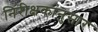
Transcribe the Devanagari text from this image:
निरीक्षकांनुसार